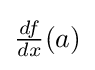
{\textstyle {\frac {df}{dx}}(a)}